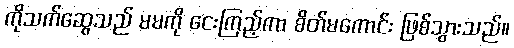
ကိုသက်ဆွေသည် မမကို ငေးကြည့်ကာ စိတ်မကောင်း ဖြစ်သွားသည်။